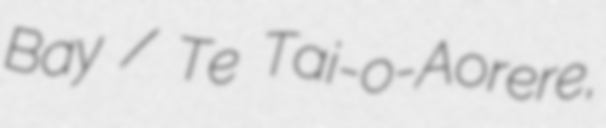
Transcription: Bay / Te Tai-o-Aorere,